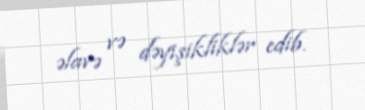
əlavə və dəyişikliklər edib.